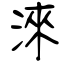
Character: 淶